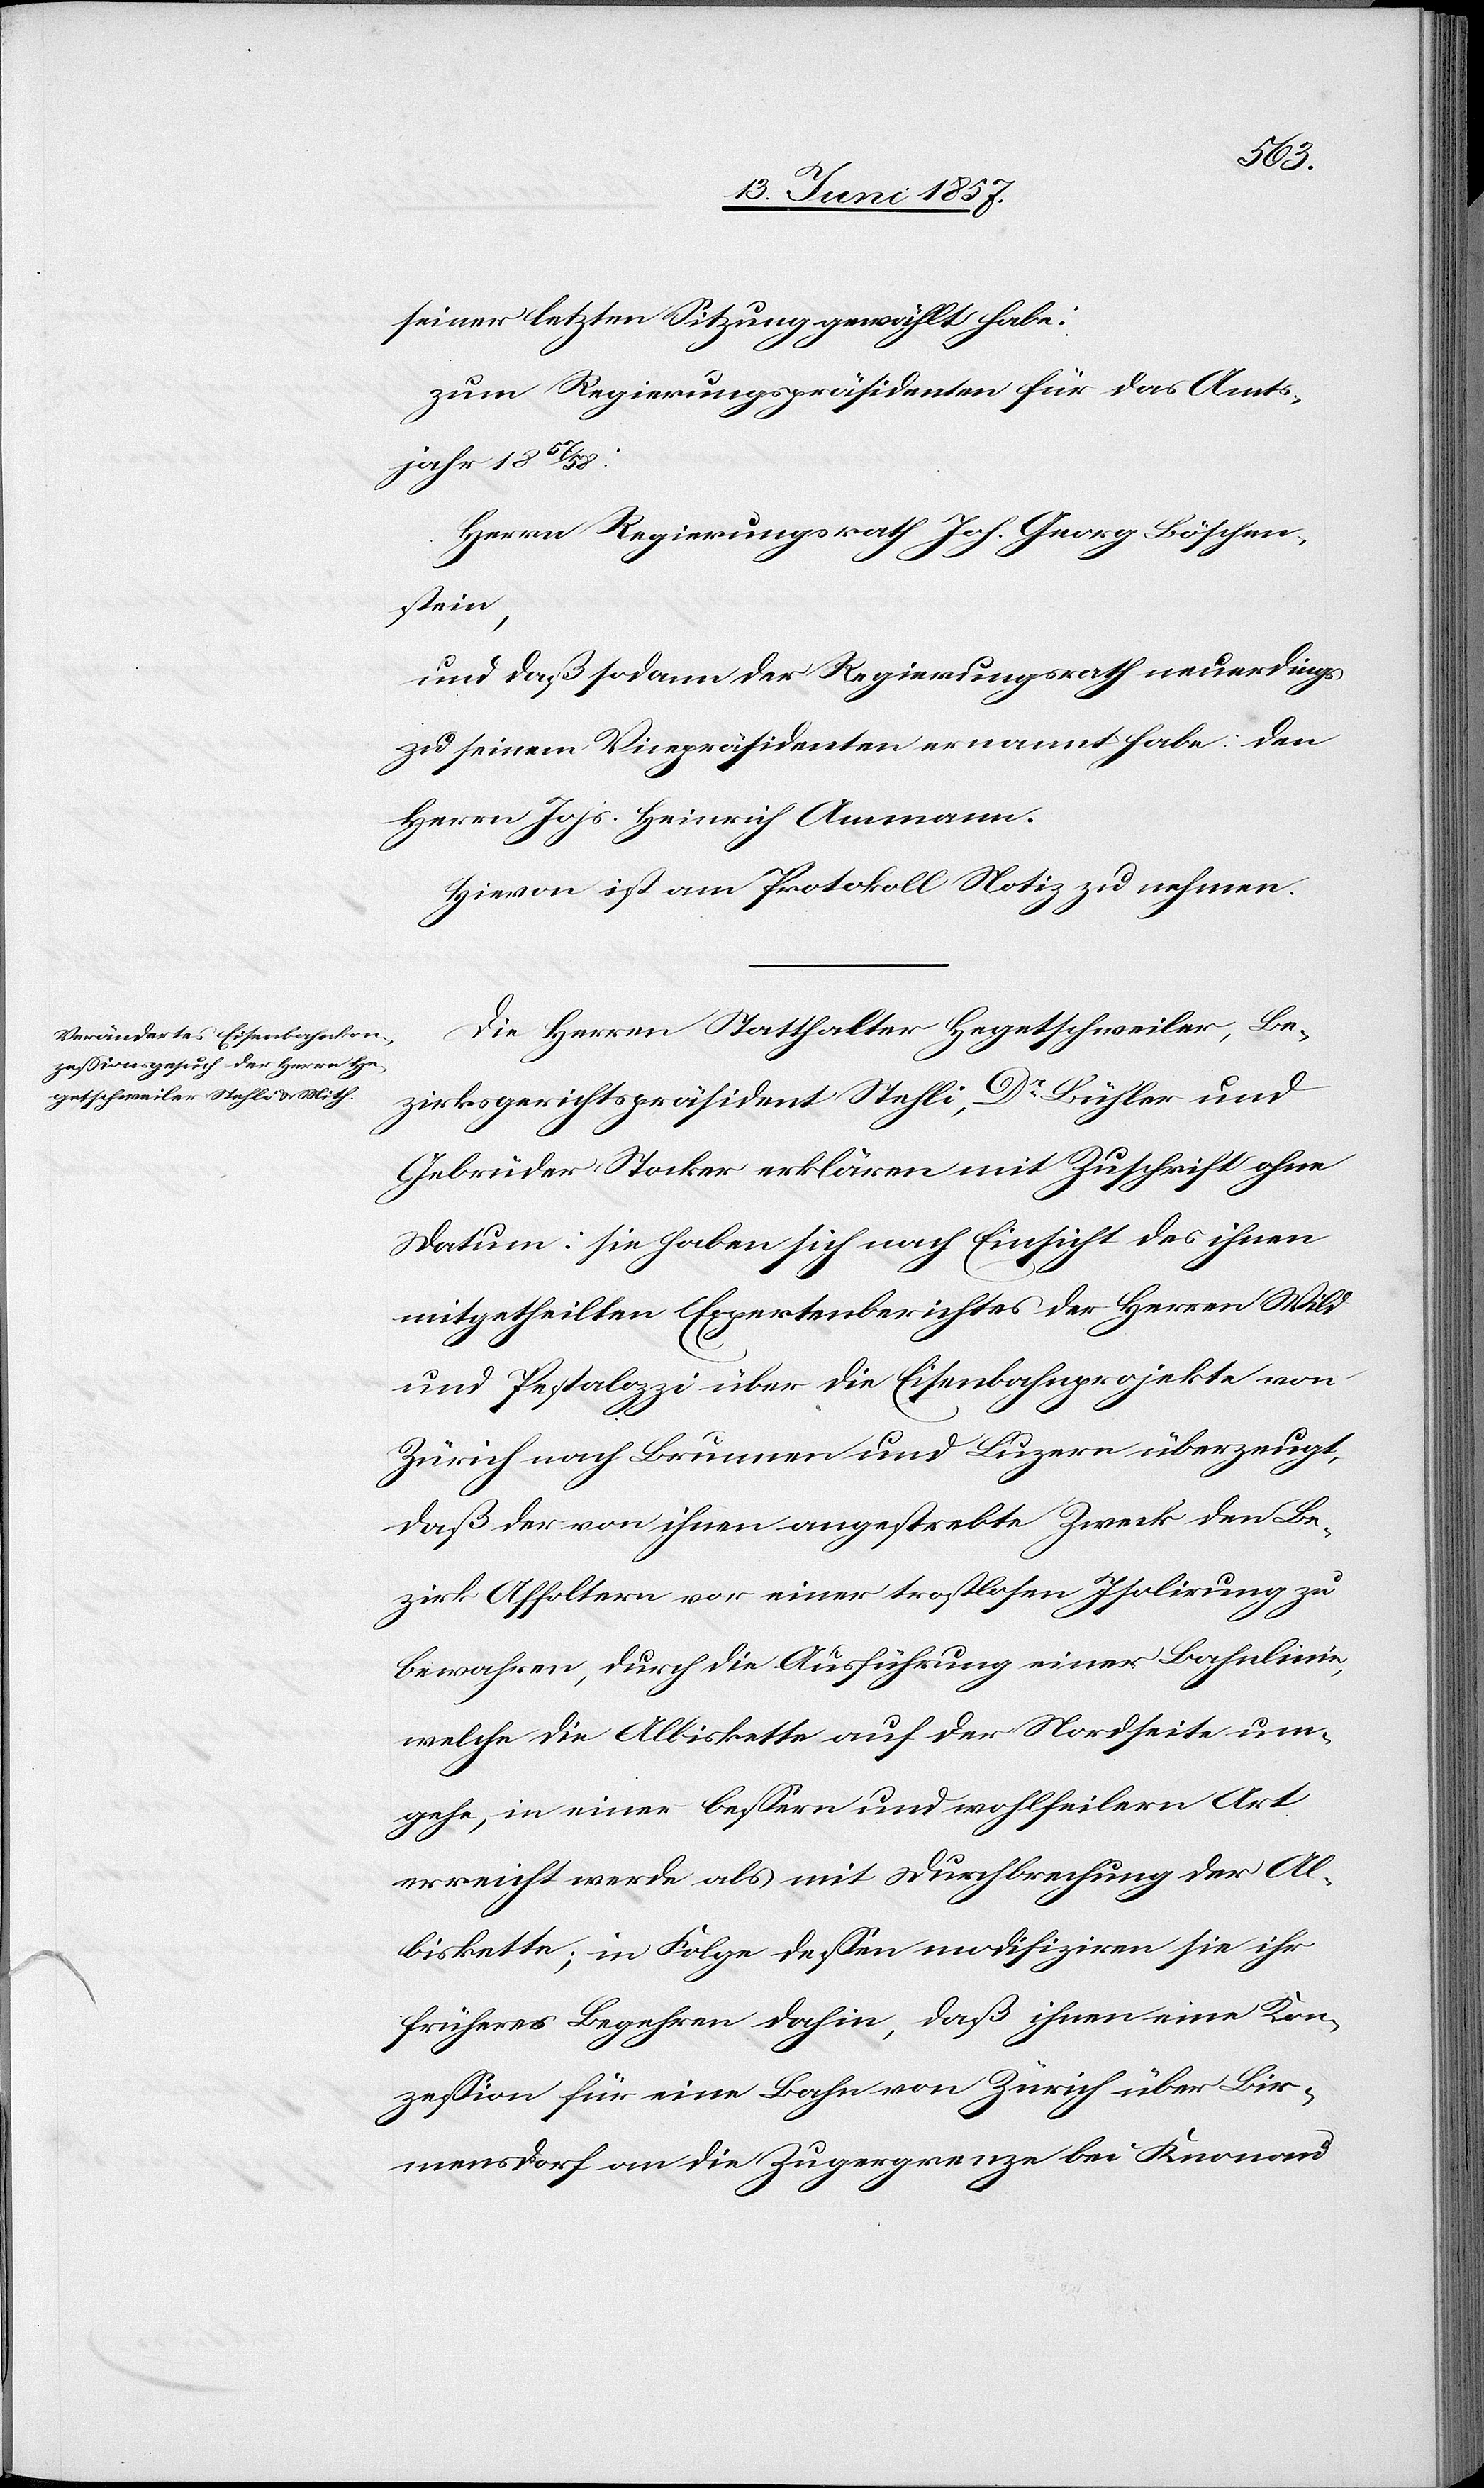
seiner letzten Sitzung gewählt habe:
zum Regierungspräsidenten für das Amts¬
jahr 1857/58:
Herrn Regierungsrath Joh. Georg Böschen¬
stein,
und daß sodann der Regierungsrath neuerdings
zu seinem Vicepräsidenten ernannt habe: den
Herrn Johs. Heinrich Ammann.
Hievon ist am Protokoll Notiz zu nehmen.
Die Herren Statthalter Hegetschweiler, Be¬
zirksgerichtspräsident Stehli, Dr Bühler und
Gebrüder Stocker erklären mit Zuschrift ohne
Datum: sie haben sich nach Einsicht des ihnen
mitgetheilten Expertenberichtes der Herren Wild
und Pestalozzi über die Eisenbahnprojekte von
Zürich nach Brunnen und Luzern überzeugt,
daß der von ihnen angestrebte Zweck den Be¬
zirk Affoltern vor einer trostlosen Isolirung zu
bewahren, durch die Ausführung einer Bahnlinie,
welche die Albiskette auf der Nordseite um¬
gehe, in einer bessern und wohlfeilern Art
erreicht werde als mit Durchbrechung der Al¬
biskette; in Folge dessen modifiziren sie ihr
früheres Begehren dahin, daß ihnen eine Kon¬
zession für eine Bahn von Zürich über Bir¬
mensdorf an die Zugergrenze bei Knonau